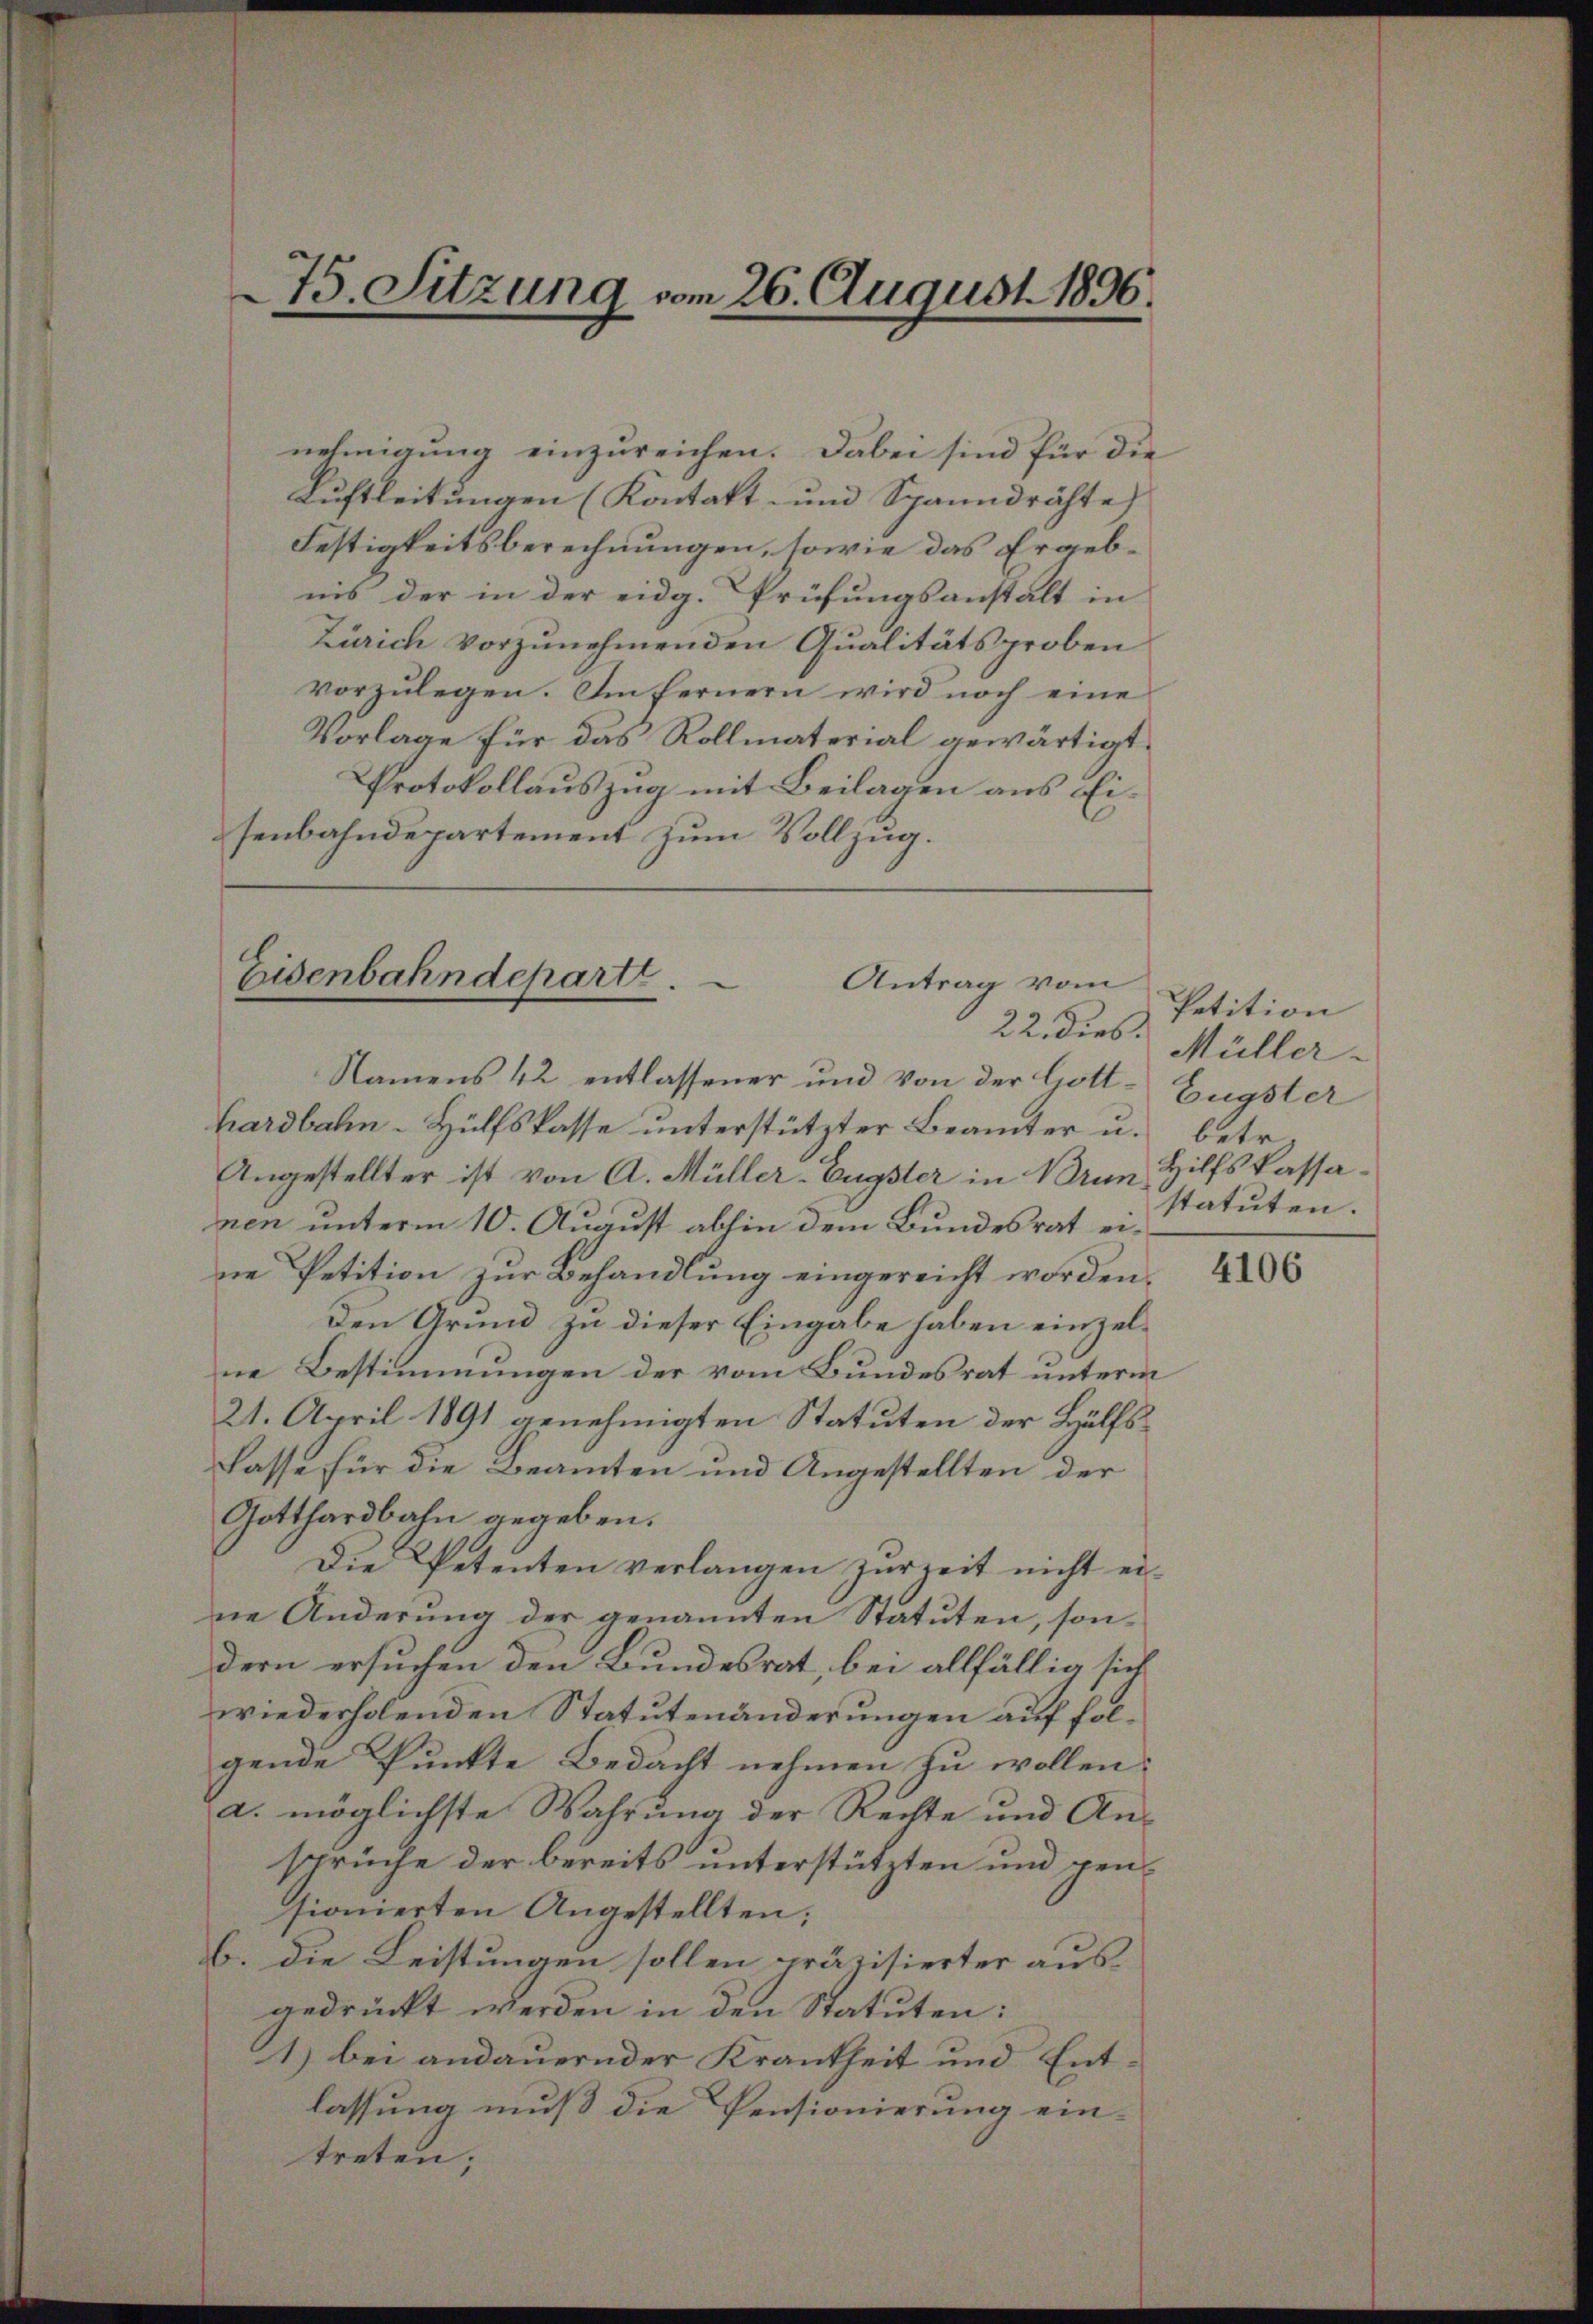
75. Sitzung vom 26. August 1896.

nehmigung einzureichen. Dabei sind für die
Luftleitungen (Kontakt- und Spanndrähte)
Festigkeitsberechnungen, sowie das Ergebnis der in der eidg. Prüfungsanstalt in
Zürich vorzunehmenden Qualitätsproben
vorzulegen. Im fernern wird noch eine
Vorlage für das Rollmaterial gewärtigt.
Protokollauszug mit Beilagen aus Eisenbahndepartement zum Vollzug.

Eisenbahndeparte.
Antrag vom

Petition
22. dies Müller-
statuten.

Namens 42 entlassener und von der Gott-Engster
hardbahn-Hülfskasse unterstützter Beamter u. betr.
Angestellter ist von A. Müller-Engster in Mann Hilfskassanen unterm 10. August abhin dem Bundesrat eine Petition zur Behandlung eingereicht worden.
Den Grund zu dieser Eingabe haben einzelne Bestimmungen der vom Bundesrat unterm
21. April 1891 genehmigten Statuten der Hülfslasse für die Beamten und Angestellten der
Gotthardbahn gegeben.
Die Petenten verlangen zŭrreit nicht ei-
ne Änderung der genannten Statuten, sondern ersuchen den Bundesrat, bei allfällig sich
wiederholenden Statutenänderungen auf folgende Punkte Bedacht nehmen zu wollen.
a. möglichste Wahrung der Rechte und Ansprüche der bereits unterstützten und pensionierten Angestellten;
b. die Leistungen sollen präzisierter aus-
gedrückt werden in den Statuten:
1) bei andauernder Krankheit und Entlassung muß die Pensionierung eintreten;

4106